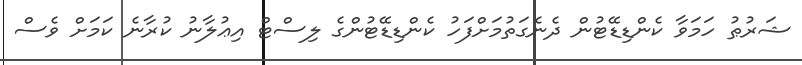
ޝަރުޠު ހަމަވާ ކެންޑިޑޭޓުން ދެނެގަތުމަށްފަހު ކެންޑިޑޭޓުންގެ ލިސްޓް އިޢުލާނު ކުރާނެ ކަމަށް ވެސް